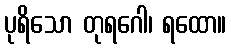
ပုရိသော တုရဂေါ၊ ရထော။